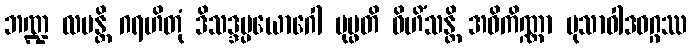
ဘဏ္ဍ လပန္တိ ဂရဟိတုံ ဒိသဒ္ဒပ္ပယောဂေါ ပုပ္ဖတိ ဝိဟိံသန္တိ အဝိကိဏ္ဏာ မုသာဝါဒဝဂ္ဂဿ